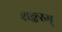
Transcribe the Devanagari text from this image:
शङ्करम्